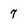
Character: 7